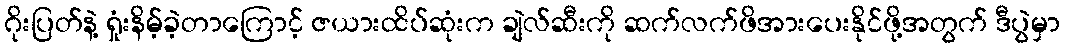
ဂိုးပြတ်နဲ့ ရှုံးနိမ့်ခဲ့တာကြောင့် ဇယားထိပ်ဆုံးက ချဲလ်ဆီးကို ဆက်လက်ဖိအားပေးနိုင်ဖို့အတွက် ဒီပွဲမှာ